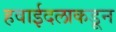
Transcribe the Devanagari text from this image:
हवाईदलाकडून